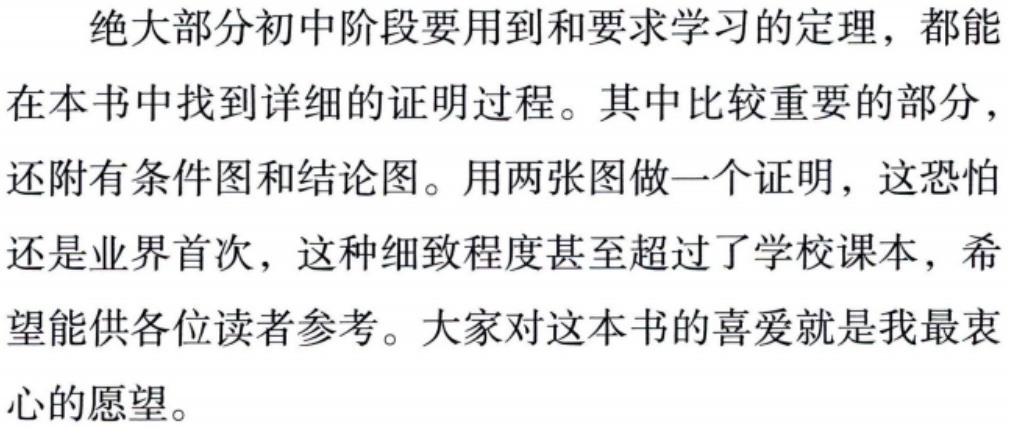
绝大部分初中阶段要用到和要求学习的定理，都能在本书中找到详细的证明过程。其中比较重要的部分，还附有条件图和结论图。用两张图做一个证明，这恐怕还是业界首次，这种细致程度甚至超过了学校课本，希望能供各位读者参考。大家对这本书的喜爱就是我最衷心的愿望。